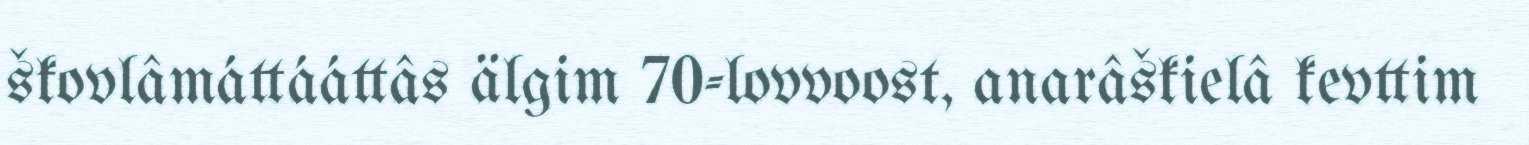
škovlâmáttááttâs älgim 70-lovvoost, anarâškielâ kevttim